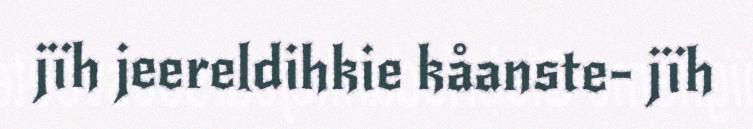
jïh jeereldihkie kåanste- jïh